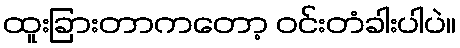
ထူးခြားတာကတော့ ဝင်းတံခါးပါပဲ။